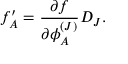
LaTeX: f _ { A } ^ { \prime } = \frac { \partial f } { \partial \phi _ { A } ^ { ( J ) } } D _ { J } .